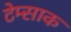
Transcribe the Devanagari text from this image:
टेम्साक